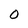
Character: O